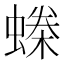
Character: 𧏪